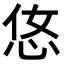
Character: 𢘂